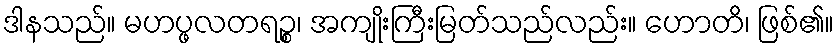
ဒါနသည်။ မဟပ္ဖလတရဉ္စ၊ အကျိုးကြီးမြတ်သည်လည်း။ ဟောတိ၊ ဖြစ်၏။